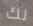
لك